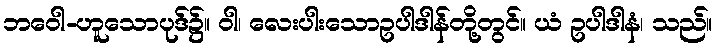
ဘဝေါ-ဟူသောပုဒ်၌။ ဝါ၊ လေးပါးသောဥပါဒါန်တို့တွင်။ ယံ ဥပါဒါနံ၊ သည်။